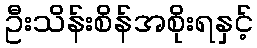
ဦးသိန်းစိန်အစိုးရနှင့်